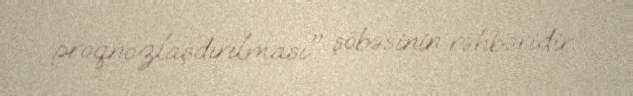
proqnozlaşdırılması" şöbəsinin rəhbəridir.